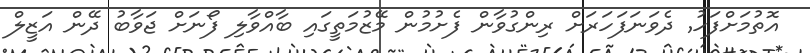
އޮތުމަށްފަހު